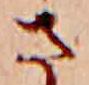
さ